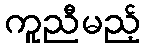
ကူညီမည့်